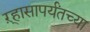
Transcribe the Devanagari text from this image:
ऱ्हासापर्यंतच्या